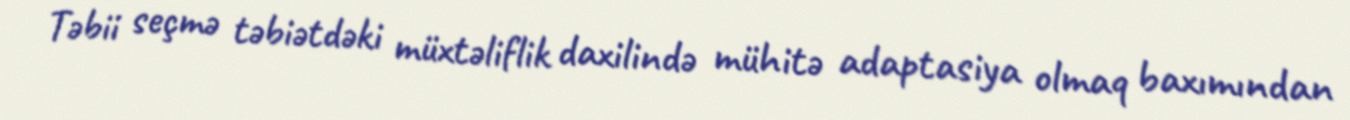
Təbii seçmə təbiətdəki müxtəliflik daxilində mühitə adaptasiya olmaq baxımından